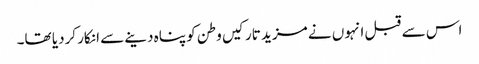
اس سے قبل انہوں نے مزید تارکیں وطن کو پناہ دینے سے انکار کردیا تھا۔